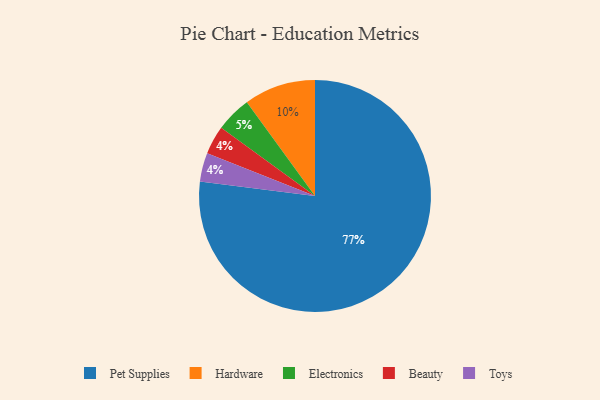
{"axis": {"x": "Category", "y": "Percentage"}, "legend": ["Beauty", "Electronics", "Hardware", "Pet Supplies", "Toys"], "data": [{"x": "Pet Supplies", "y": 77, "type": "Pet Supplies"}, {"x": "Hardware", "y": 10, "type": "Hardware"}, {"x": "Beauty", "y": 4, "type": "Beauty"}, {"x": "Electronics", "y": 5, "type": "Electronics"}, {"x": "Toys", "y": 4, "type": "Toys"}]}